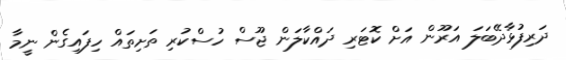
ދަރިފުޅާދޭބަލަ އަރޫން އަށް ކޮޓަރި ދައްކާލަން ޖޫސް ހުސްކުރި ތަށިތައް ހިފައިގެން ނީމާ